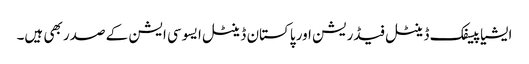
ایشیا پیسفک ڈینٹل فیڈریشن اور پاکستان ڈینٹل ایسوسی ایشن کے صدر بھی ہیں۔